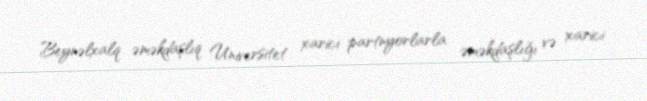
Beynəlxalq əməkdaşlıq Universitet xarici partnyorlarla əməkdaşlığı və xarici